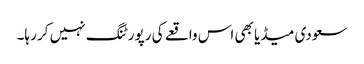
سعودی میڈیا بھی اس واقعے کی رپورٹنگ نہیں کر رہا۔